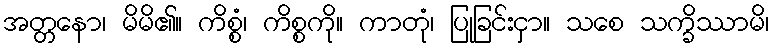
အတ္တနော၊ မိမိ၏။ ကိစ္စံ၊ ကိစ္စကို။ ကာတုံ၊ ပြုခြင်းငှာ။ သစေ သက္ခိဿာမိ၊